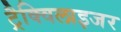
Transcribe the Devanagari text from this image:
ट्रैक्विलाइजर